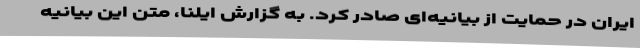
ایران در حمایت از بیانیه‌ای صادر کرد. به گزارش ایلنا، متن این بیانیه